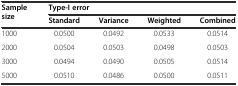
<table><thead><tr><td rowspan="2"><b>Sample size</b></td><td colspan="4"><b>Type-I error</b></td></tr><tr><td><b>Standard</b></td><td><b>Variance</b></td><td><b>Weighted</b></td><td><b>Combined</b></td></tr></thead><tbody><tr><td>1000</td><td>0.0500</td><td>0.0492</td><td>0.0533</td><td>0.0514</td></tr><tr><td>2000</td><td>0.0504</td><td>0.0503</td><td>0.0498</td><td>0.0503</td></tr><tr><td>3000</td><td>0.0494</td><td>0.0490</td><td>0.0505</td><td>0.0514</td></tr><tr><td>5000</td><td>0.0510</td><td>0.0486</td><td>0.0500</td><td>0.0511</td></tr></tbody></table>